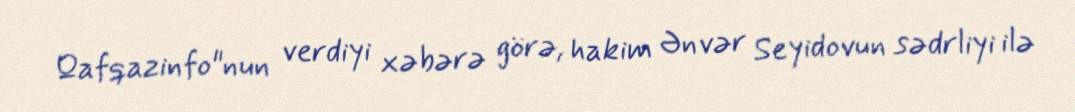
Qafqazinfo"nun verdiyi xəbərə görə, hakim Ənvər Seyidovun sədrliyi ilə